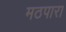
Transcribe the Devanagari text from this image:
मठपारा